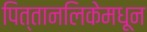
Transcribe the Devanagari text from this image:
पित्तानलिकेमधून